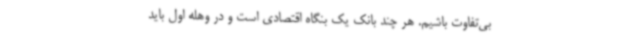
بی‌تفاوت باشیم. هر چند بانک یک بنگاه اقتصادی است و در وهله اول باید